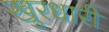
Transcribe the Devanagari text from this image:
खुरधारी